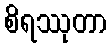
စိရဿုတာ